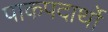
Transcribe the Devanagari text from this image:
पाकपदार्थो